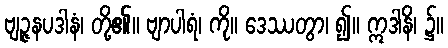
ဗျဉ္ဇနပဒါနံ၊ တို့၏။ ဗျာပါရံ၊ ကို။ ဒေဿတွာ၊ ၍။ ဣဒါနိ၊ ၌။